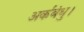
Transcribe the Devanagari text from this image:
अर्कबंधु।